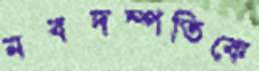
নবদম্পতিকে